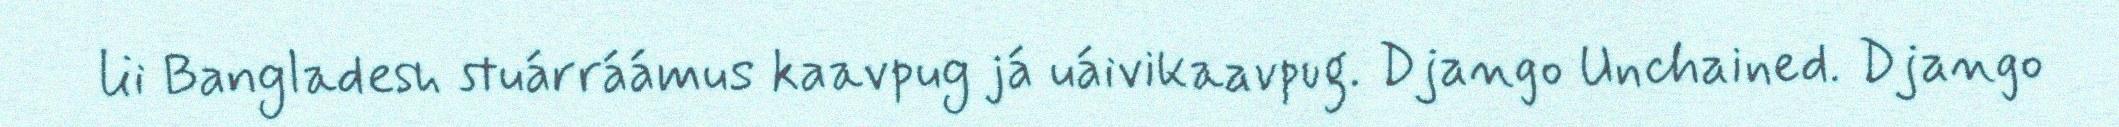
lii Bangladesh stuárráámus kaavpug já uáivikaavpug. Django Unchained. Django